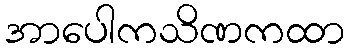
အာပေါကသိဏကထာ